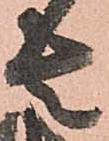
者